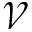
\mathcal { V }